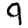
Digit: 9